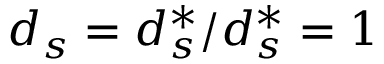
d _ { s } = d _ { s } ^ { * } / d _ { s } ^ { * } = 1